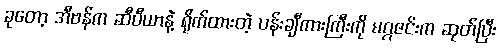
ခုတော့ အီဗန်က ဆီပီယာနဲ့ ရိုက်ထားတဲ့ ပန်းချီကားကြီးကို မဂ္ဂဇင်းက ဆုတ်ပြီး